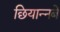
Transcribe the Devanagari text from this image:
छियान्नबे